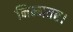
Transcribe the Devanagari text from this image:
निम्नतर।